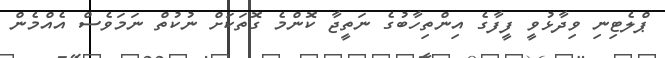
ޕްލެޓިނި ވިދާޅުވީ ފީފާގެ އިންތިހާބުގެ ނަތީޖާ ކޮންމެ ގޮތަކަށް ނުކުތް ނަމަވެސް އެއްމެން